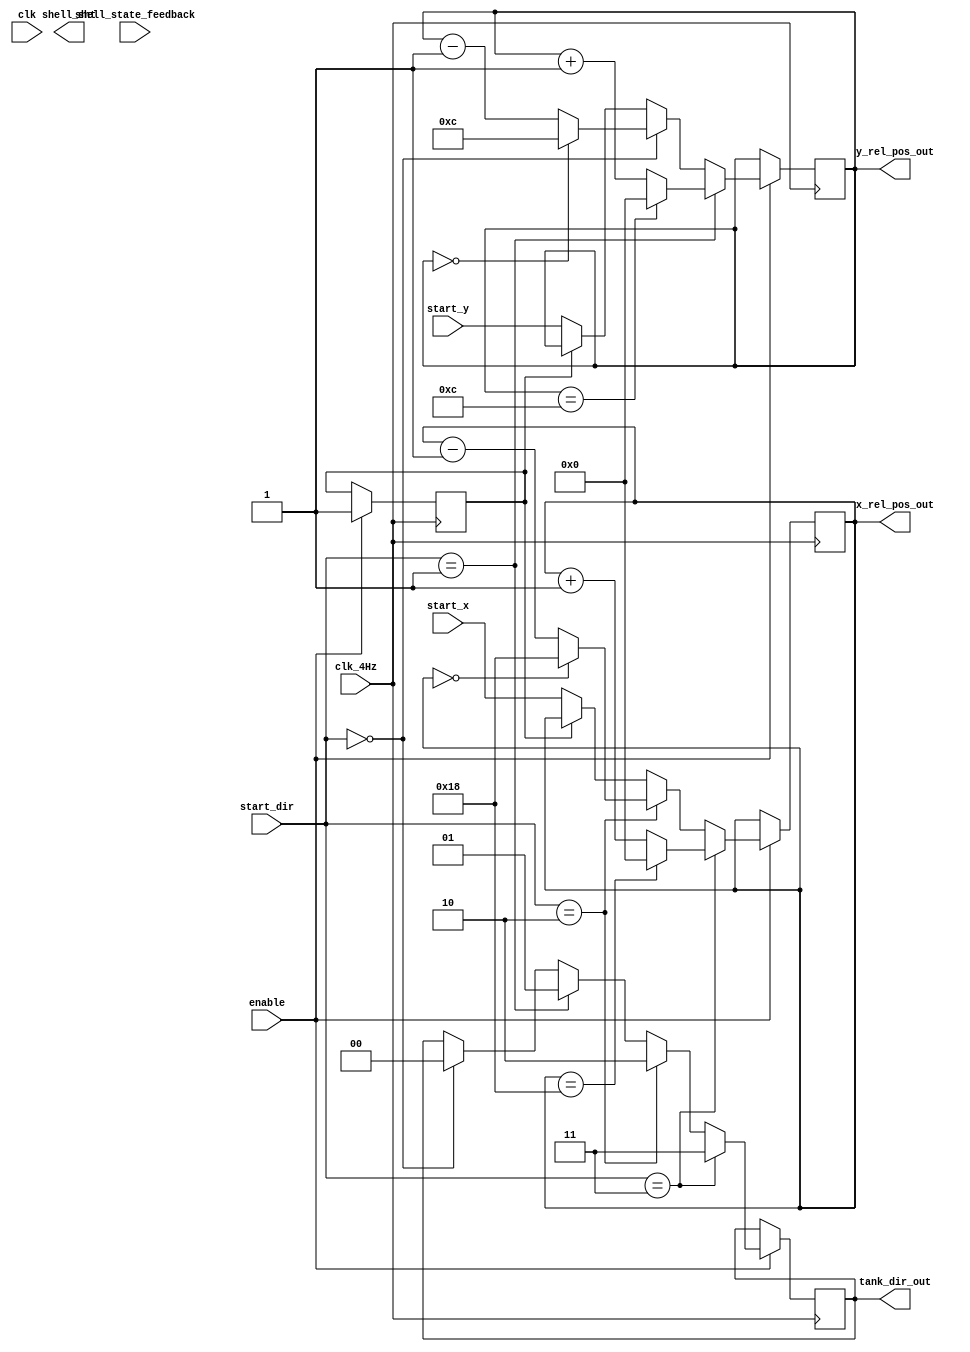
/*=======================================================
Author				:				ctlvie
Email Address		:				ctlvie@gmail.com
Filename			:				showtank_control.v
Date				:				2018-05-13
Description			:				the function of show tank

Modification History:
Date		By			Version		Description
----------------------------------------------------------
180515		ctlvie		1.0			Initial version
180525		ctlvie		2.0			Final Version
========================================================*/

`timescale 1ns/1ns

module showtank_control
(	
	input 			clk,
	input 			clk_4Hz,
	input 			enable,
	input	[4:0]	start_x,
	input	[4:0]	start_y,
	input	[1:0]	start_dir,
	input			shell_state_feedback,
	output	reg 	[4:0]	x_rel_pos_out,
	output	reg 	[4:0]	y_rel_pos_out,		
	output	reg	[1:0]		tank_dir_out,
	output  reg				shell_sht
);

reg 	tank_state_reg;
reg		[3:0]	cnt;
//---------------------------------------------------
//initial coordinate generation

reg sample;
initial sample <= 1'b0;
//---------------------------------------------------
//moving
always@(posedge clk_4Hz)
begin
if(enable)
begin
	if(!sample)
		begin
		x_rel_pos_out <= start_x;
		y_rel_pos_out <= start_y;
		sample <= 1'b1;
		end
	//move upward and direction = 00
	if(start_dir == 2'b00)
	begin
		y_rel_pos_out <= y_rel_pos_out - 1'b1;
		tank_dir_out <= 2'b00;
		if (y_rel_pos_out == 0)
			y_rel_pos_out <= 12; 
	end

	//move downward and direction = 01
	if(start_dir == 2'b01)
	begin
		y_rel_pos_out <= y_rel_pos_out + 1'b1;
		tank_dir_out <= 2'b01;
		if (y_rel_pos_out == 12)
			y_rel_pos_out <= 0; 
	end

	//move left and direction = 10
	if(start_dir == 2'b10)
	begin
		x_rel_pos_out <= x_rel_pos_out - 1'b1;
		tank_dir_out <= 2'b10;
		if (x_rel_pos_out == 0)
			x_rel_pos_out <= 24; 
	end

	//move right and direction = 11
	if(start_dir == 2'b11)
	begin
		x_rel_pos_out <= x_rel_pos_out + 1'b1;
		tank_dir_out <= 2'b11;
		if (x_rel_pos_out == 24)
			x_rel_pos_out <= 0; 
	end
end
end

endmodule